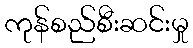
ကုန်စည်စီးဆင်းမှု